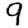
Digit: 9